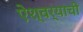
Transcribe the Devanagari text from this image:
ऐश्वर्याची